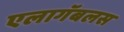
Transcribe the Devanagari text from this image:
एलागॅबलस